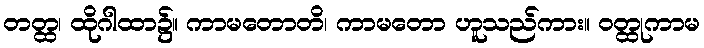
တတ္ထ၊ ထိုဂါထာ၌။ ကာမတောတိ၊ ကာမတော ဟူသည်ကား။ ဝတ္ထုကာမ